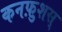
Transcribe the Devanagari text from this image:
कनफ़ुशस्